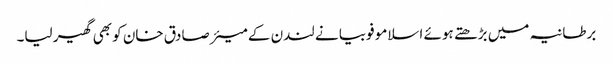
برطانیہ میں بڑھتے ہوئے اسلامو فوبیا نے لندن کے میئر صادق خان کو بھی گھیر لیا۔